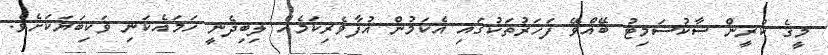
މީގެ ކުރީން ސާކުސަމިޓު ބޭއްވޭ ފަހަރުތަކުގައި އެކަމުން އުފާވެރިކަމެއް ލިބިދެނީ ހަމައެކަނި ވަކިބަޔަކަށެވެ.